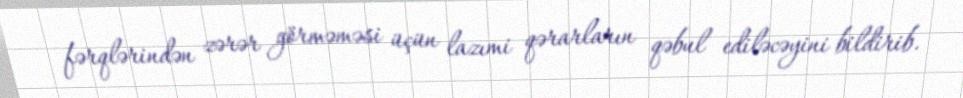
fərqlərindən zərər görməməsi üçün lazımi qərarların qəbul ediləcəyini bildirib.